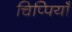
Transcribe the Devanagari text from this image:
चिप्पियाँ